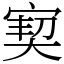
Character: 㝣